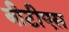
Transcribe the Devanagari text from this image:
बीटीएस